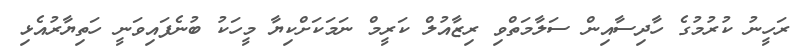
ރަހީނު ކުރުމުގެ ހާދިސާއިން ސަލާމަތްވި ރިޒާއުލް ކަރީމް ނަމަކަށްކިޔާ މީހަކު ބުނެފައިވަނީ ހަތިޔާރުއެޅި